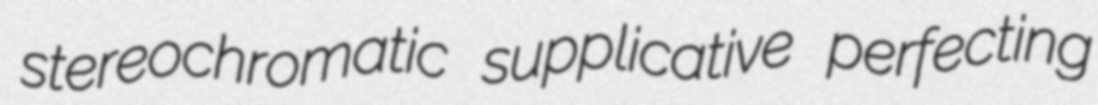
stereochromatic supplicative perfecting